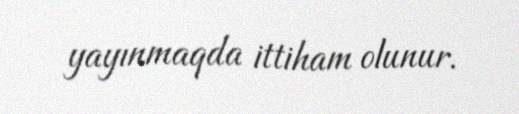
yayınmaqda ittiham olunur.